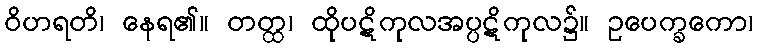
ဝိဟရတိ၊ နေရ၏။ တတ္ထ၊ ထိုပဋိကုလအပ္ပဋိကုလ၌။ ဥပေက္ခကော၊